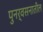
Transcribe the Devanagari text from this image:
पुनर्वसनातील